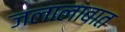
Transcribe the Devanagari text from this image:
जलालाबात